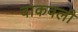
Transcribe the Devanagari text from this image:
वाकवली